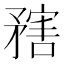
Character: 𥎆